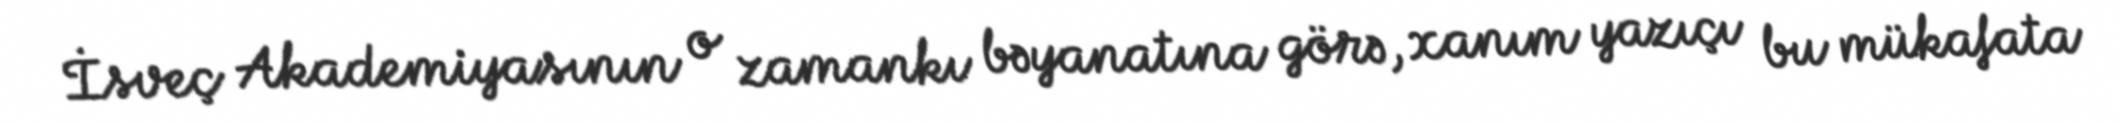
İsveç Akademiyasının o zamankı bəyanatına görə, xanım yazıçı bu mükafata